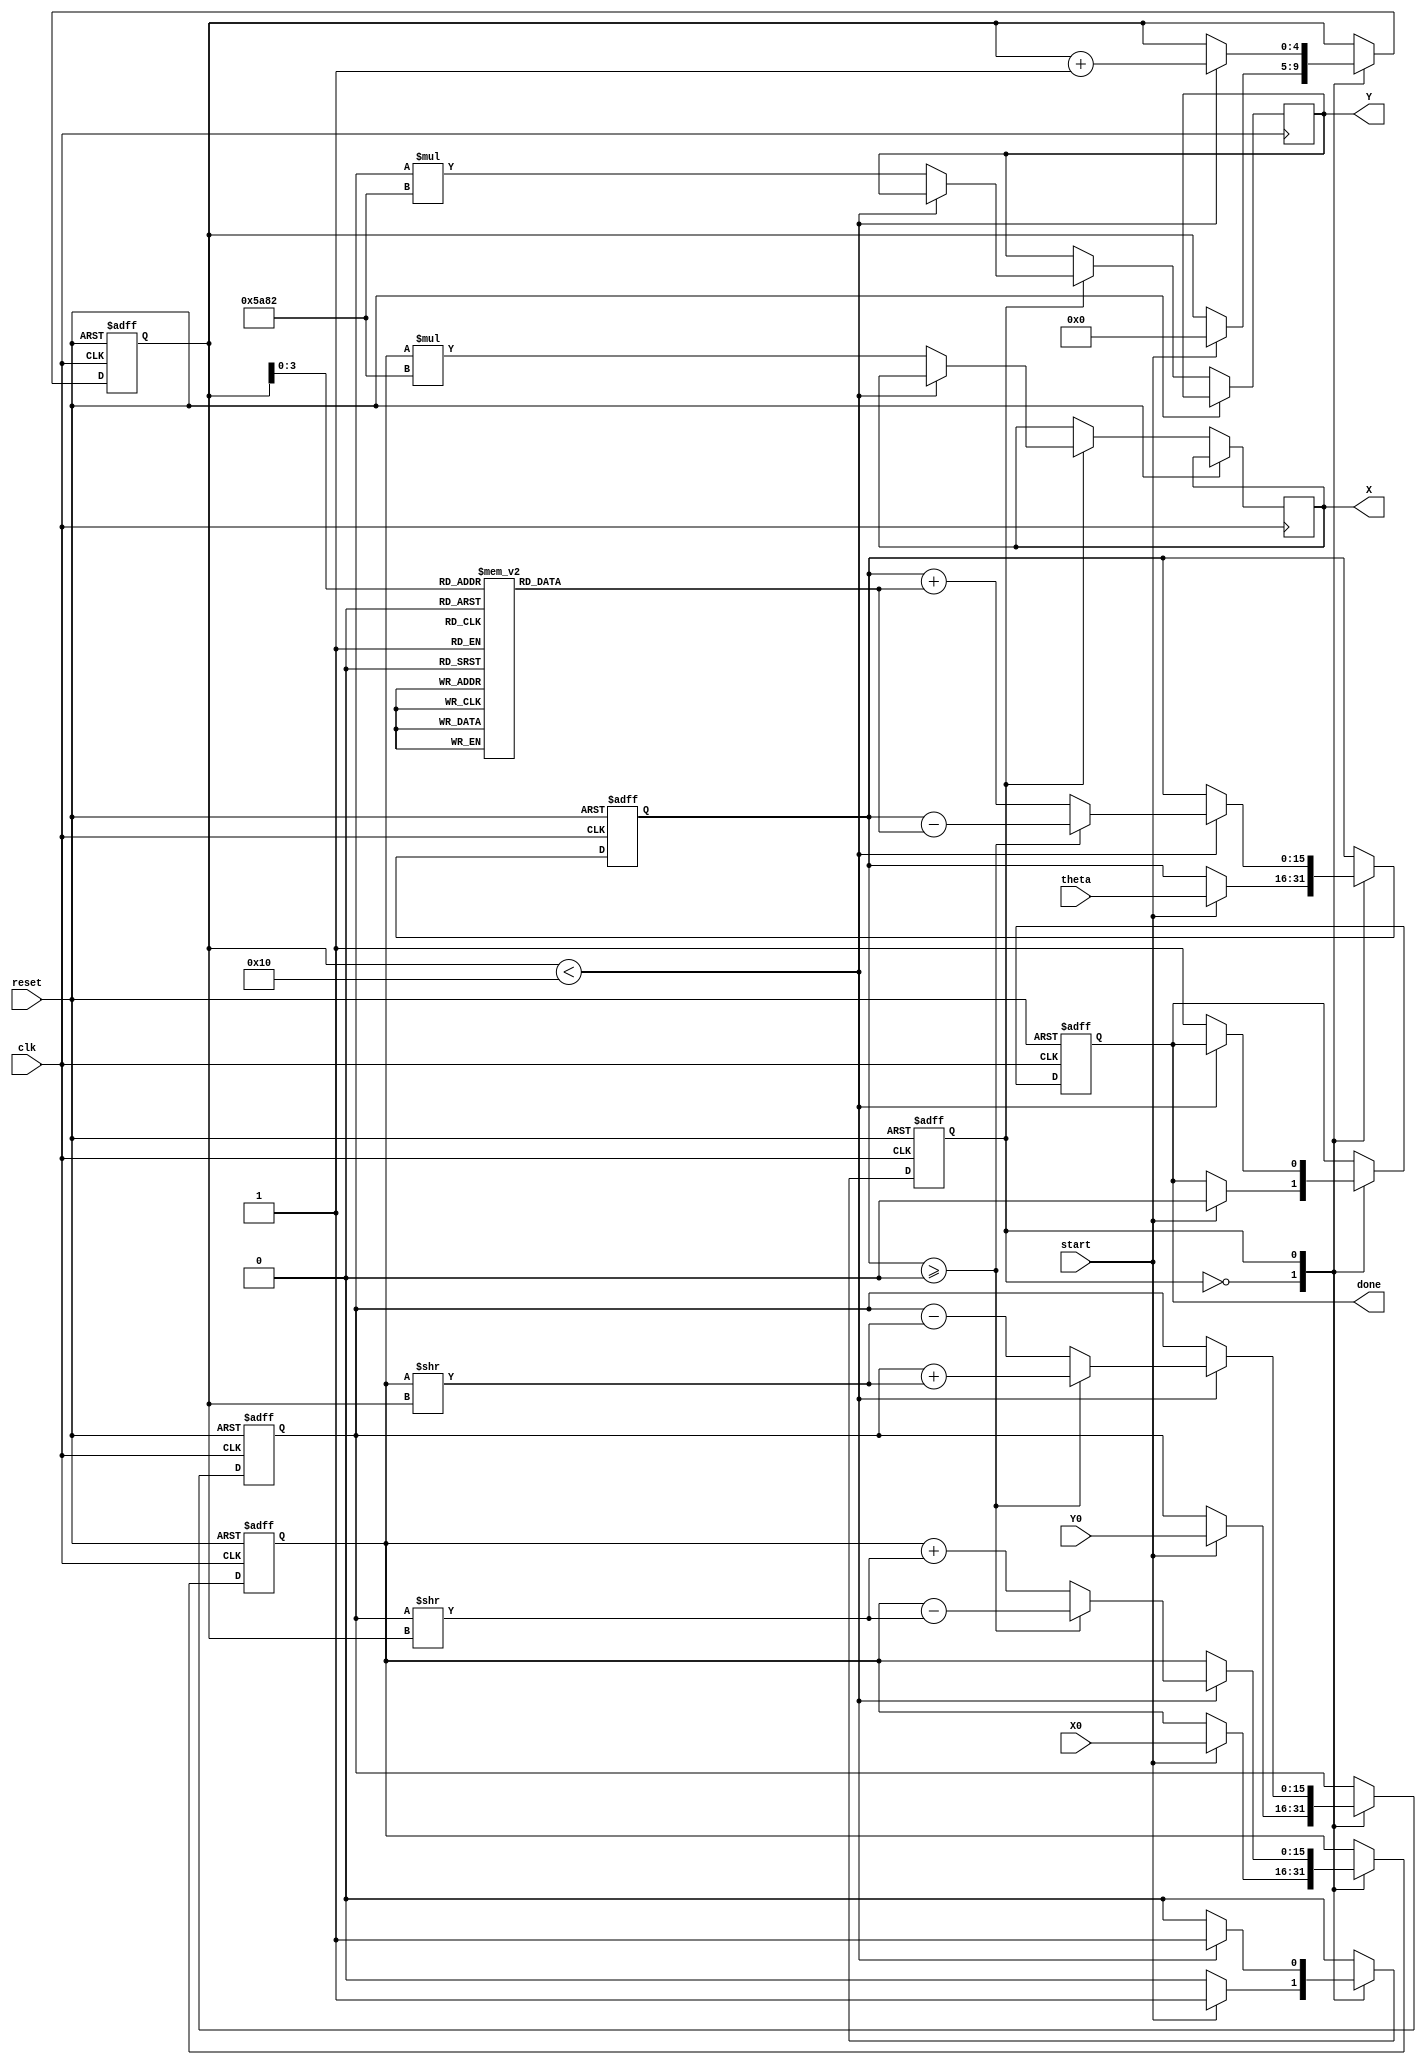
module CORDIC(
    input wire clk,
    input wire reset,
    input wire start,
    input wire signed [15:0] theta,  // Input angle in radians (16-bit fixed point)
    input wire signed [15:0] X0,      // Initial X vector (16-bit fixed point)
    input wire signed [15:0] Y0,      // Initial Y vector (16-bit fixed point)
    output reg signed [15:0] X,       // Resulting X output (16-bit fixed point)
    output reg signed [15:0] Y,       // Resulting Y output (16-bit fixed point)
    output reg done                   // Completion signal
);

    // Define CORDIC parameters
    parameter N = 16;                  // Number of iterations
    parameter CORDIC_K = 16'h5A82;    // Scaling factor (approximately 0.6072 in fixed point)

    reg signed [15:0] angle_table [0:N-1];  // Lookup table for arctan(2^-i)
    reg signed [15:0] z;               // Current angle (theta)
    reg signed [15:0] x_reg;           // X register
    reg signed [15:0] y_reg;           // Y register
    reg [4:0] counter;                 // Iteration counter
    reg state;                         // FSM state

    initial begin
        // Initialize the angle table with arctan(2^-i) values in fixed point
        angle_table[0] = 16'h3243; // arctan(1) = /4 (in fixed point)
        angle_table[1] = 16'h1DAC; // arctan(0.5)
        angle_table[2] = 16'h0FFC; // arctan(0.25)
        angle_table[3] = 16'h07C1; // arctan(0.125)
        angle_table[4] = 16'h03E8; // arctan(0.0625)
        angle_table[5] = 16'h01FB; // arctan(0.03125)
        angle_table[6] = 16'h00FF; // arctan(0.015625)
        angle_table[7] = 16'h007F; // arctan(0.0078125)
        angle_table[8] = 16'h003F; // arctan(0.00390625)
        angle_table[9] = 16'h001F; // arctan(0.001953125)
        angle_table[10] = 16'h000F; // arctan(0.0009765625)
        angle_table[11] = 16'h0007; // arctan(0.00048828125)
        angle_table[12] = 16'h0003; // arctan(0.000244140625)
        angle_table[13] = 16'h0001; // arctan(0.0001220703125)
        angle_table[14] = 16'h0000; // arctan(0.00006103515625)
        angle_table[15] = 16'h0000; // arctan(0.000030517578125)
    end

    // State machine for CORDIC iterations
    always @(posedge clk or posedge reset) begin
        if (reset) begin
            x_reg <= 0;
            y_reg <= 0;
            z <= 0;
            counter <= 0;
            done <= 0;
            state <= 0;
        end else begin
            case (state)
                0: begin // Initialization state
                    if (start) begin
                        x_reg <= X0;
                        y_reg <= Y0;
                        z <= theta;
                        counter <= 0;
                        done <= 0;
                        state <= 1; // Move to iteration state
                    end
                end
                1: begin // Iteration state
                    if (counter < N) begin
                        if (z >= 0) begin
                            z <= z - angle_table[counter];
                            x_reg <= x_reg - (y_reg >> counter);
                            y_reg <= y_reg + (x_reg >> counter);
                        end else begin
                            z <= z + angle_table[counter];
                            x_reg <= x_reg + (y_reg >> counter);
                            y_reg <= y_reg - (x_reg >> counter);
                        end
                        counter <= counter + 1;
                    end else begin
                        X <= x_reg * CORDIC_K; // Scale the output
                        Y <= y_reg * CORDIC_K; // Scale the output
                        done <= 1;             // Signal completion
                        state <= 0;            // Go back to initialization
                    end
                end
            endcase
        end
    end
endmodule